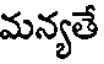
మన్యతే